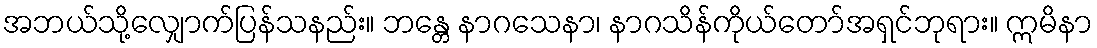
အဘယ်သို့လျှောက်ပြန်သနည်း။ ဘန္တေ နာဂသေနာ၊ နာဂသိန်ကိုယ်တော်အရှင်ဘုရား။ ဣမိနာ